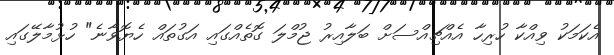
އެކަމަކު ވިއްކާ ހުރިހާ އެއްޗިއްސަށް ބަލާއިރު ޖުމްލަ ގޮތެއްގައި އަގުތައް ހެޔޮވާނެ" ހުޅުމާލޭގައި